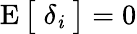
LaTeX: \operatorname{E}{\big[}\; \delta_{\mathit{i}}\; {\big]}=0